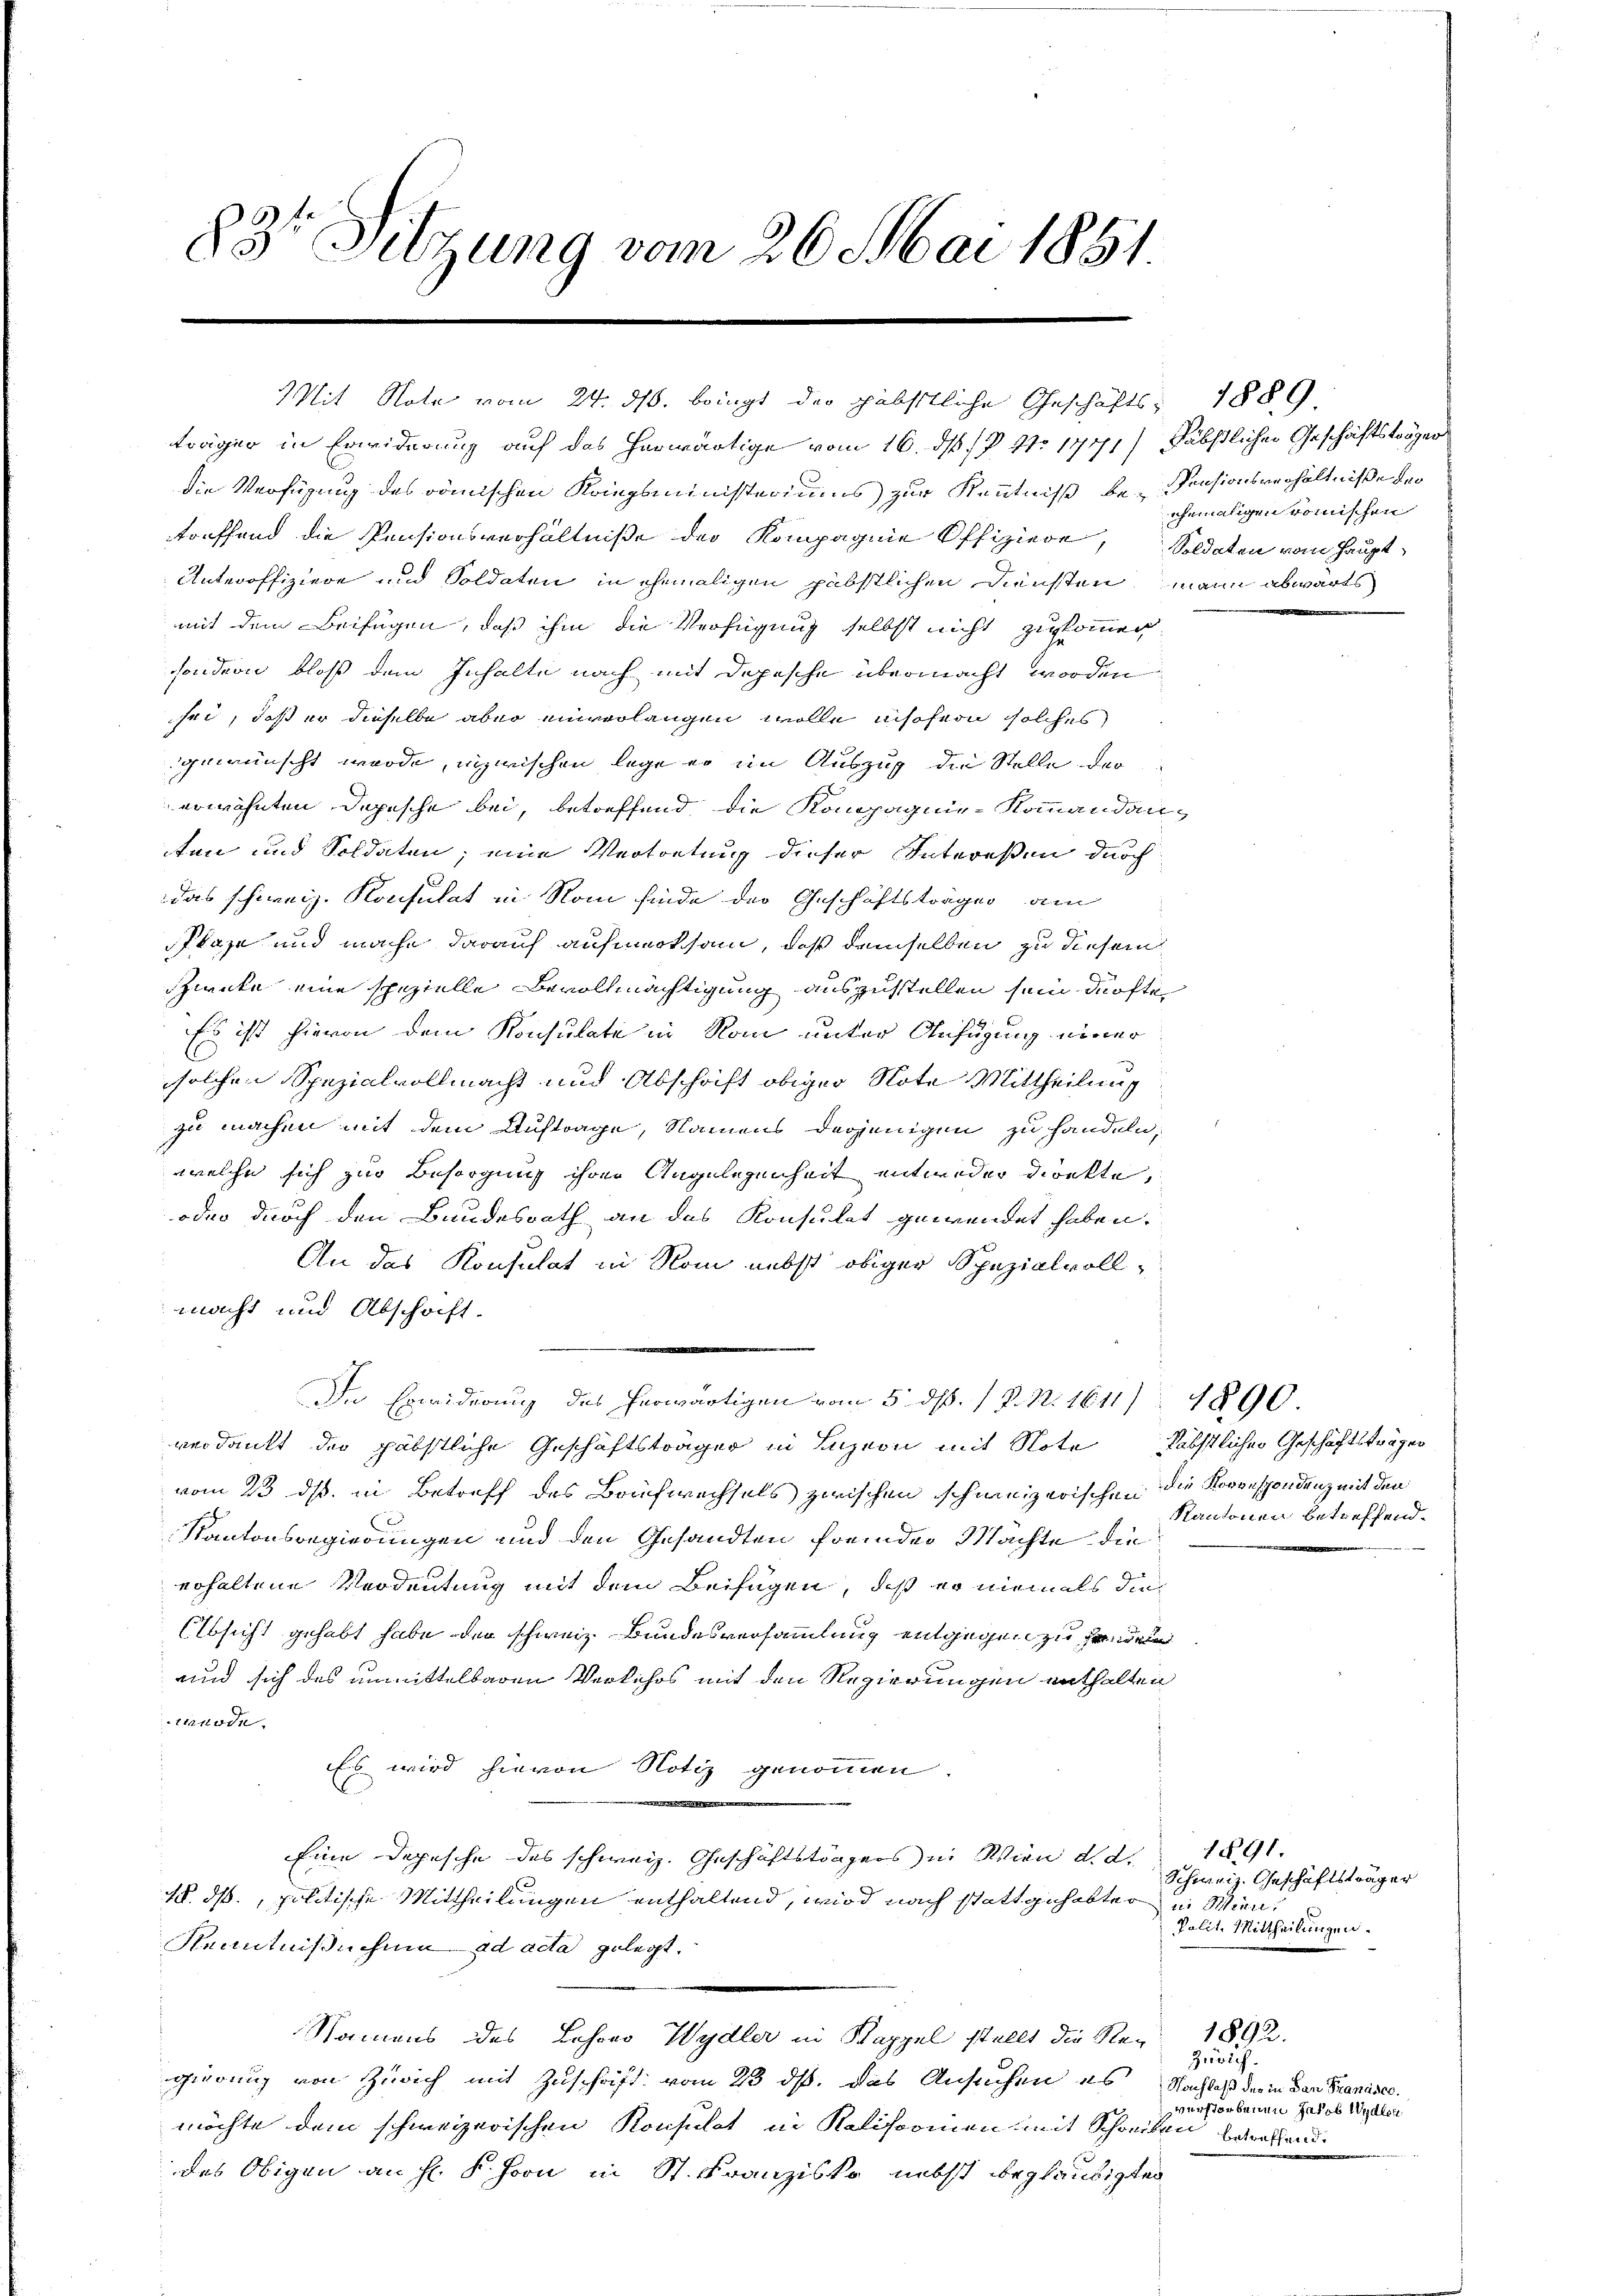
83te Sitzung vom 26. Mai 1851.

Mit Note vom 24. ds. bringt der päbstliche Geschäfts- 1889

träger in Erwiderung auf das herwärtige vom 16. ds. /P No 1771) Päbstlicher Geschäftstöger
die Verfügung des römischen Kriegsministeriums zur Kenntniß be-Pensionsverhältniße der
toeffend die Pensionsverhältniße der Kompagnie Offiziere, Soldaten vom Haupt¬
Unteroffiziere und Soldaten in ehemaligen päbstlichen Diensten mann abwärts
mit dem Beifügen, daß ihm die Verfügung selbst nicht zukommen
sondern bloß dem Inhalte nach mit Depesche übermacht worden
sei, daß er dieselbe aber einverlangen wolle insofern solches
gewünscht wurde, inzwischen lege er im Auszug die Stelle der
erwähnten Depesche bei, betreffend die Kompagnie-Kommandanten und Soldaten; eine Vertretung dieser Intereßen durch
das schweiz. Konsulat in Rom finde der Geschäftsträger am
Plaze und mache darauf aufmerksam, daß demselben zu diesem
ziente eine spezielle Bevollmächtigung auszustellen sein dürfte.
Es ist hievon dem Konsulate in Rom unter Anfügung einer
solchen Spezialvollmacht und Abschrift obiger Note Mittheilung
zu machen mit dem Auftrage, Namens derjenigen zu handeln,
welche sich zur Besorgung ihrer Angelegenheit entweder Direkte,
oder durch den Bundesrath an das Konsulat gewendet haben,
An das Konsulat in Nom nebst obiger Spezialvollmacht und Abschaft.
In Erwiderung des herwärtigen vom 5. ds. 1 P. Nr. 1611 1890
verdankt der gäbstliche Geschäftsträger in Luzion mit Note
vom 23. ds. in Betreff des Briefwechsels zwischen schweizerischen die Korrespondenz mit den
Kantonsregierungen und den Gesandten fremder Machte die
erhaltene Verdeutung mit dem Beifügen, daß er niemals die
Absicht gehabt habe der schweiz. Bundesversammlung entgegen zu sendern
und sich des unmittelbaren Verkehrs mit den Regierungen enthalten
node.
Es wird hievon Notiz genommen.
Eine Depesche des schweiz. Geschäftsträgers in Wien d. d. 1891.
1. ds, politische Mittheilungen enthaltend, wird nach statt gehabter in Wien¬
Kenntnißichen ad acta gelegt.
Namens des Lohovo Wydler in Kappel stellt die Ner 1892.
gierung von Zürich mit Zuschrift vom 23. ds. das Ansuchen es Nachlaß der in dan Francsec.
möchte dem schweizerischen Konsulat in Kalifcomen mit Schreiben wesend.
des Obigen an Hr. P. Foon in St. Franzisko, nebst beglaubigten

ghemaligen römischen

Päbstlichen Geschäftsträgen
Kantonen betreffend.

Schweiz. Geschäftsträger
Polit. Mittheilungen.

Zürich.
verstorbenen Jakob Wydlei